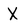
Character: X